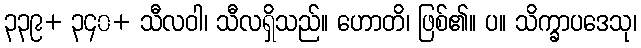
၃၃၉+ ၃၄၀+ သီလဝါ၊ သီလရှိသည်။ ဟောတိ၊ ဖြစ်၏။ ပ။ သိက္ခာပဒေသု၊